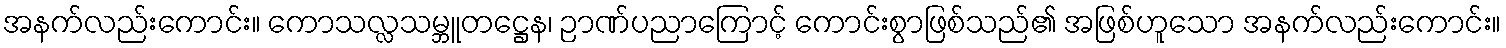
အနက်လည်းကောင်း။ ကောသလ္လသမ္ဘူတဋ္ဌေန၊ ဉာဏ်ပညာကြောင့် ကောင်းစွာဖြစ်သည်၏ အဖြစ်ဟူသော အနက်လည်းကောင်း။